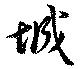
城